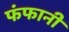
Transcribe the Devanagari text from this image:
फंफानी